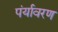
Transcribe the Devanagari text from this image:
पंर्यावरण